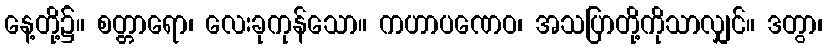
နေ့တို့၌။ စတ္တာရော၊ လေးခုကုန်သော။ ကဟာပဏေဝ၊ အသပြာတို့ကိုသာလျှင်။ ဒတွာ၊